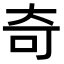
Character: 奇